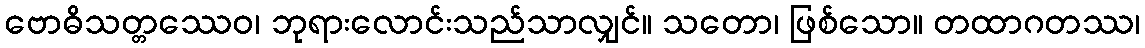
ဗောဓိသတ္တဿေဝ၊ ဘုရားလောင်းသည်သာလျှင်။ သတော၊ ဖြစ်သော။ တထာဂတဿ၊